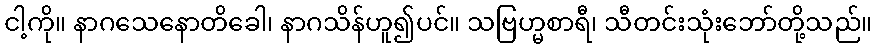
ငါ့ကို။ နာဂသေနောတိခေါ၊ နာဂသိန်ဟူ၍ပင်။ သဗြဟ္မစာရီ၊ သီတင်းသုံးဘော်တို့သည်။